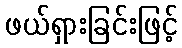
ဖယ်ရှားခြင်းဖြင့်